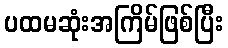
ပထမဆုံးအကြိမ်ဖြစ်ပြီး